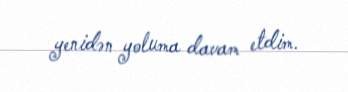
yenidən yoluma davam etdim.